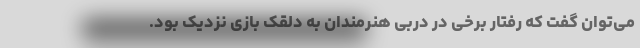
می‌توان گفت که رفتار برخی در دربی هنرمندان به دلقک بازی نزدیک بود.